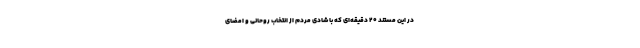
در این مستند ۲۰ دقیقه‌ای که با شادی مردم از انتخاب روحانی و امضای